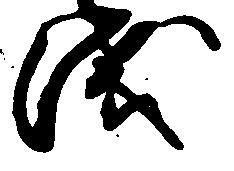
浅